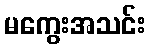
မကွေးအသင်း